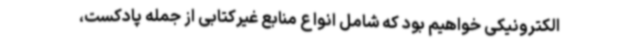
الکترونیکی خواهیم بود که شامل انواع منابع غیرکتابی از جمله پادکست،